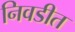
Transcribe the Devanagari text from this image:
निवडीत